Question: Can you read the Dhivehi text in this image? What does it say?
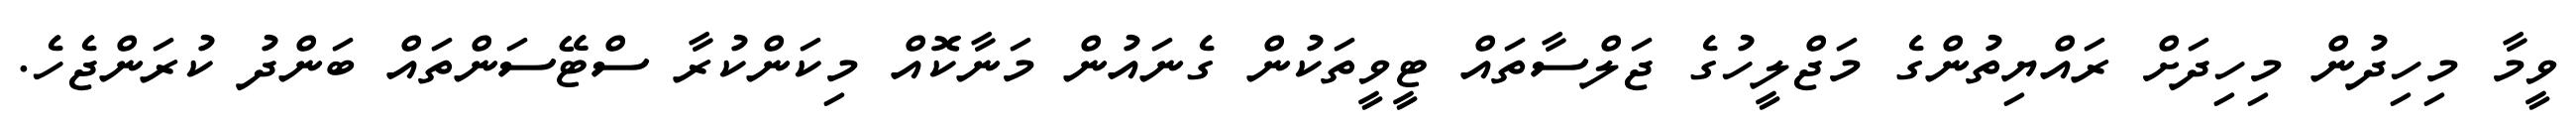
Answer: ވީމާ މިހިދުން މިހިދަށް ރައްޔިތުންގެ މަޖްލީހުގެ ޖަލްސާތައް ޓީވީތަކުން ގެނައުން މަނާކޮއް މިކަންކުރާ ސްޓޭސަންތައް ބަންދު ކުރަންޖެހެ.